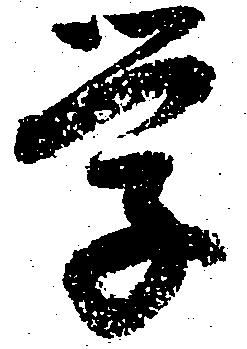
学